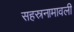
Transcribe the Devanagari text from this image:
सहस्रनामावली